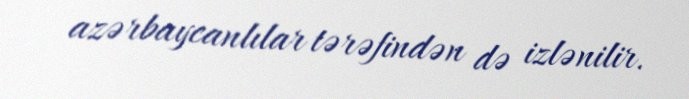
azərbaycanlılar tərəfindən də izlənilir.